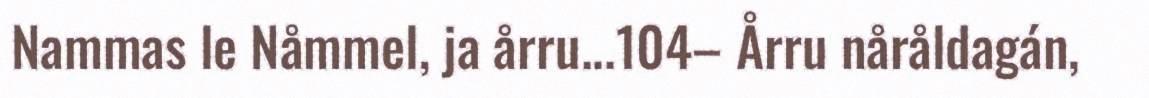
Nammas le Nåmmel, ja årru...104– Årru nåråldagán,